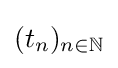
(t_{n})_{n\in \mathbb {N} }